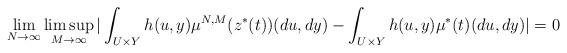
LaTeX: \begin{align*} \lim_{N\rightarrow\infty}\limsup_{M\rightarrow\infty}|\int_{U\times Y}h(u,y)\mu^{N,M}(z^*(t))(du,dy) - \int_{U\times Y}h(u,y)\mu^{*}(t)(du,dy)|=0\end{align*}